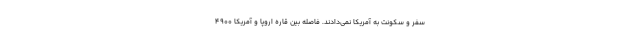
سفر و سکونت به آمریکا نمی‌دادند. فاصله بین قاره اروپا و آمریکا ۴۹۰۰